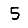
Digit: 5